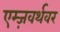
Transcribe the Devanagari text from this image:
एम्ज़वर्थवर